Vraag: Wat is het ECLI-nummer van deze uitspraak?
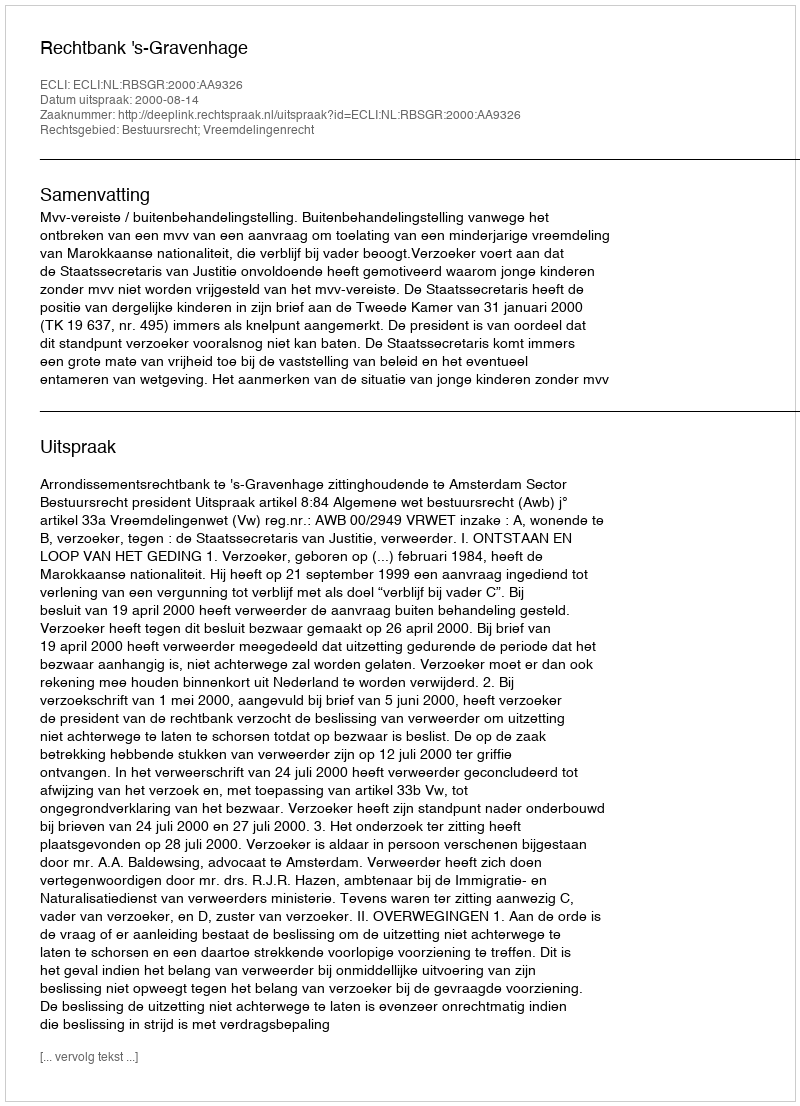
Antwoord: ECLI:NL:RBSGR:2000:AA9326